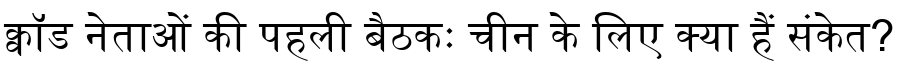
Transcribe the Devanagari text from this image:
क्वॉड नेताओं की पहली बैठकः चीन के लिए क्या हैं संकेत?